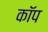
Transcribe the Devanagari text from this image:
काॅप